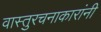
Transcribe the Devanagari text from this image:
वास्तुरचनाकारांनी